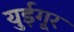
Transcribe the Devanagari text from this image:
युईगूर